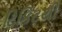
ટિકિટથી